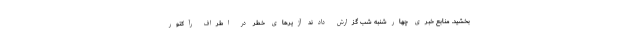
بخشید. منابع خبری چهارشنبه شب گزارش دادند آژیرهای خطر در اطراف رآکتور